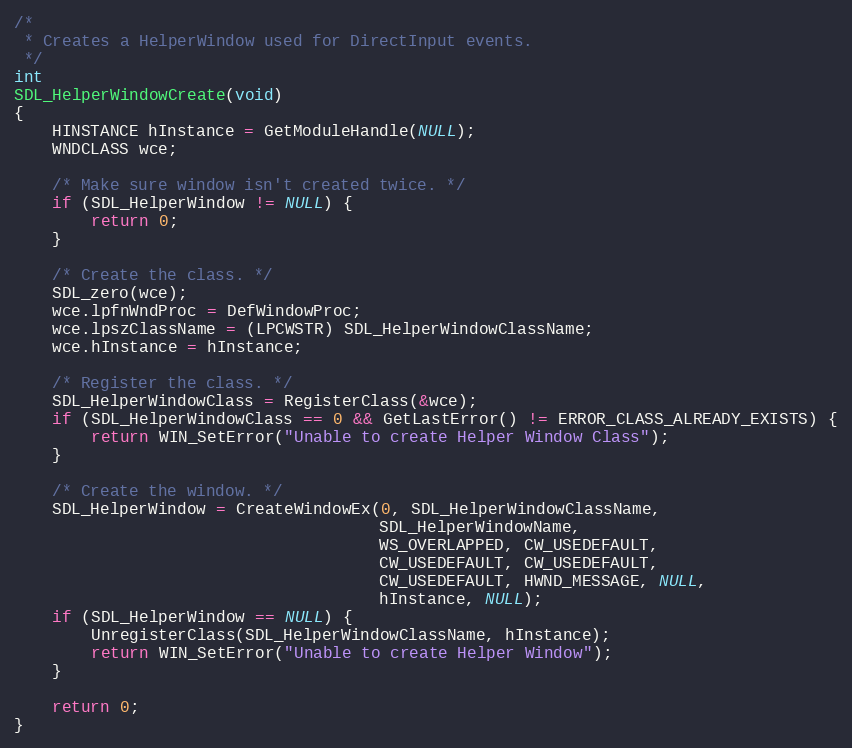
Language: C
/*
 * Creates a HelperWindow used for DirectInput events.
 */
int
SDL_HelperWindowCreate(void)
{
    HINSTANCE hInstance = GetModuleHandle(NULL);
    WNDCLASS wce;

    /* Make sure window isn't created twice. */
    if (SDL_HelperWindow != NULL) {
        return 0;
    }

    /* Create the class. */
    SDL_zero(wce);
    wce.lpfnWndProc = DefWindowProc;
    wce.lpszClassName = (LPCWSTR) SDL_HelperWindowClassName;
    wce.hInstance = hInstance;

    /* Register the class. */
    SDL_HelperWindowClass = RegisterClass(&wce);
    if (SDL_HelperWindowClass == 0 && GetLastError() != ERROR_CLASS_ALREADY_EXISTS) {
        return WIN_SetError("Unable to create Helper Window Class");
    }

    /* Create the window. */
    SDL_HelperWindow = CreateWindowEx(0, SDL_HelperWindowClassName,
                                      SDL_HelperWindowName,
                                      WS_OVERLAPPED, CW_USEDEFAULT,
                                      CW_USEDEFAULT, CW_USEDEFAULT,
                                      CW_USEDEFAULT, HWND_MESSAGE, NULL,
                                      hInstance, NULL);
    if (SDL_HelperWindow == NULL) {
        UnregisterClass(SDL_HelperWindowClassName, hInstance);
        return WIN_SetError("Unable to create Helper Window");
    }

    return 0;
}